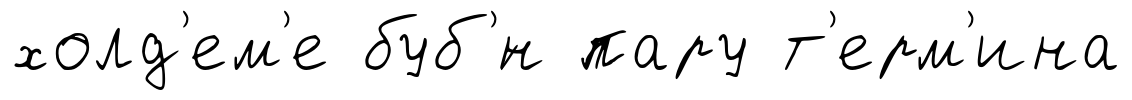
холд'ем'е буб'́н пару т'ерм'ина